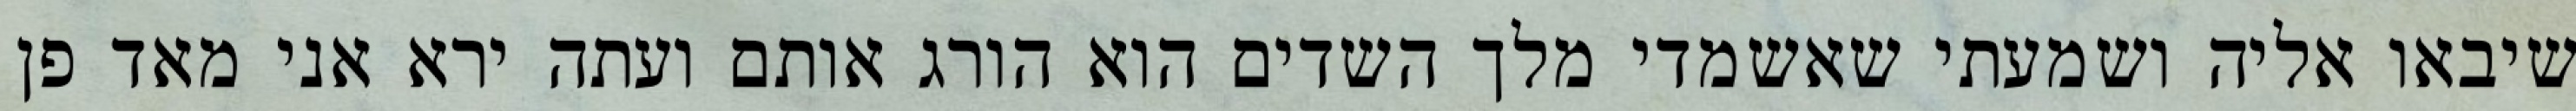
שיבאו אליה ושמעתי שאשמדי מלך השדים הוא הורג אותם ועתה ירא אני מאד פן